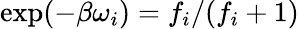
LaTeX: \exp(-\beta\omega_{i})=f_{i}/(f_{i}+1)